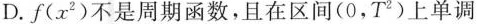
D.f(x^{2})不是周期函数，且在区间(0，T ^{2})上单调